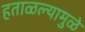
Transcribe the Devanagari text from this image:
हताळल्यामुळे